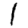
Digit: 1